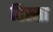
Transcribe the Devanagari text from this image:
तिस्सा